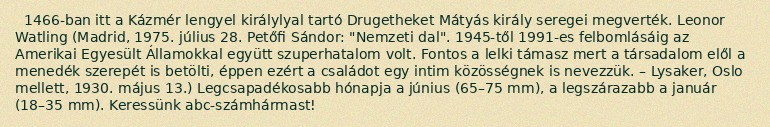
1466-ban itt a Kázmér lengyel királylyal tartó Drugetheket Mátyás király seregei megverték. Leonor Watling (Madrid, 1975. július 28. Petőfi Sándor: "Nemzeti dal". 1945-től 1991-es felbomlásáig az Amerikai Egyesült Államokkal együtt szuperhatalom volt. Fontos a lelki támasz mert a társadalom elől a menedék szerepét is betölti, éppen ezért a családot egy intim közösségnek is nevezzük. – Lysaker, Oslo mellett, 1930. május 13.) Legcsapadékosabb hónapja a június (65–75 mm), a legszárazabb a január (18–35 mm). Keressünk abc-számhármast!